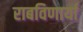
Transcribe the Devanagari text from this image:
राबविणार्या